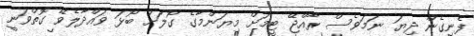
ފެނިގެން ދިޔަ ނަމަވެސް ރާއްޖޭ ޓީމަށް މިޔަންމާގެ ގޯލަށް ބޯޅަ ވައްދާލެވޭ ގޮތްވަނީ